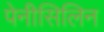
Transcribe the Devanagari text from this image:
पेनीसिलिन